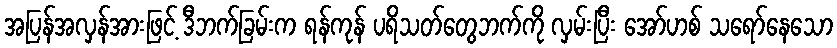
အပြန်အလှန်အားဖြင့် ဒီဘက်ခြမ်းက ရန်ကုန် ပရိသတ်တွေဘက်ကို လှမ်းပြီး အော်ဟစ် သရော်နေသော